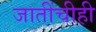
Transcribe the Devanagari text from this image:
जातींचीही